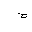
Letter: _mim